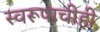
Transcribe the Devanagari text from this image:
स्वरूपाचीही